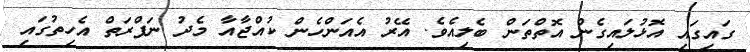
ގައިގައި އޮޅުލައިގެން އޮތްތަން ބެލިއެވެ. އޭރު އެއަންހެން ކުއްޖާއާ މެދު ނަފްރަަތް އެހިތުގައި